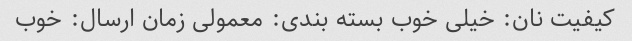
کیفیت نان: خیلی خوب بسته بندی: معمولی زمان ارسال: خوب